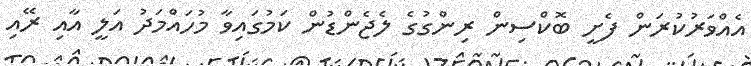
އެއްވަރުކުރަން ފެށީ ބޮކްސިން ރިންގުގެ ލެޖެންޑުން ކަމުގައިވާ މުހައްމަދު އަލީ އާއި ރޭއި